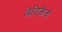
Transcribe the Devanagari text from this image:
वेदिकेचे